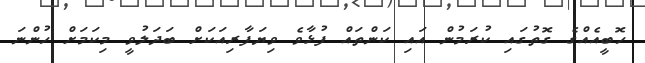
ހޮބީއެއްގެ ގޮތުގައި ކުރަމުން އައި ކަންތައް ފުޅާވެ ވިޔަފާރިއަކަށް ބަދަލުވީ މިކަމަށް ހުންނަ